255_413270_UFO's_and_Defense_What_Should_we_Prepare_For
Agency: NASA
Page 51
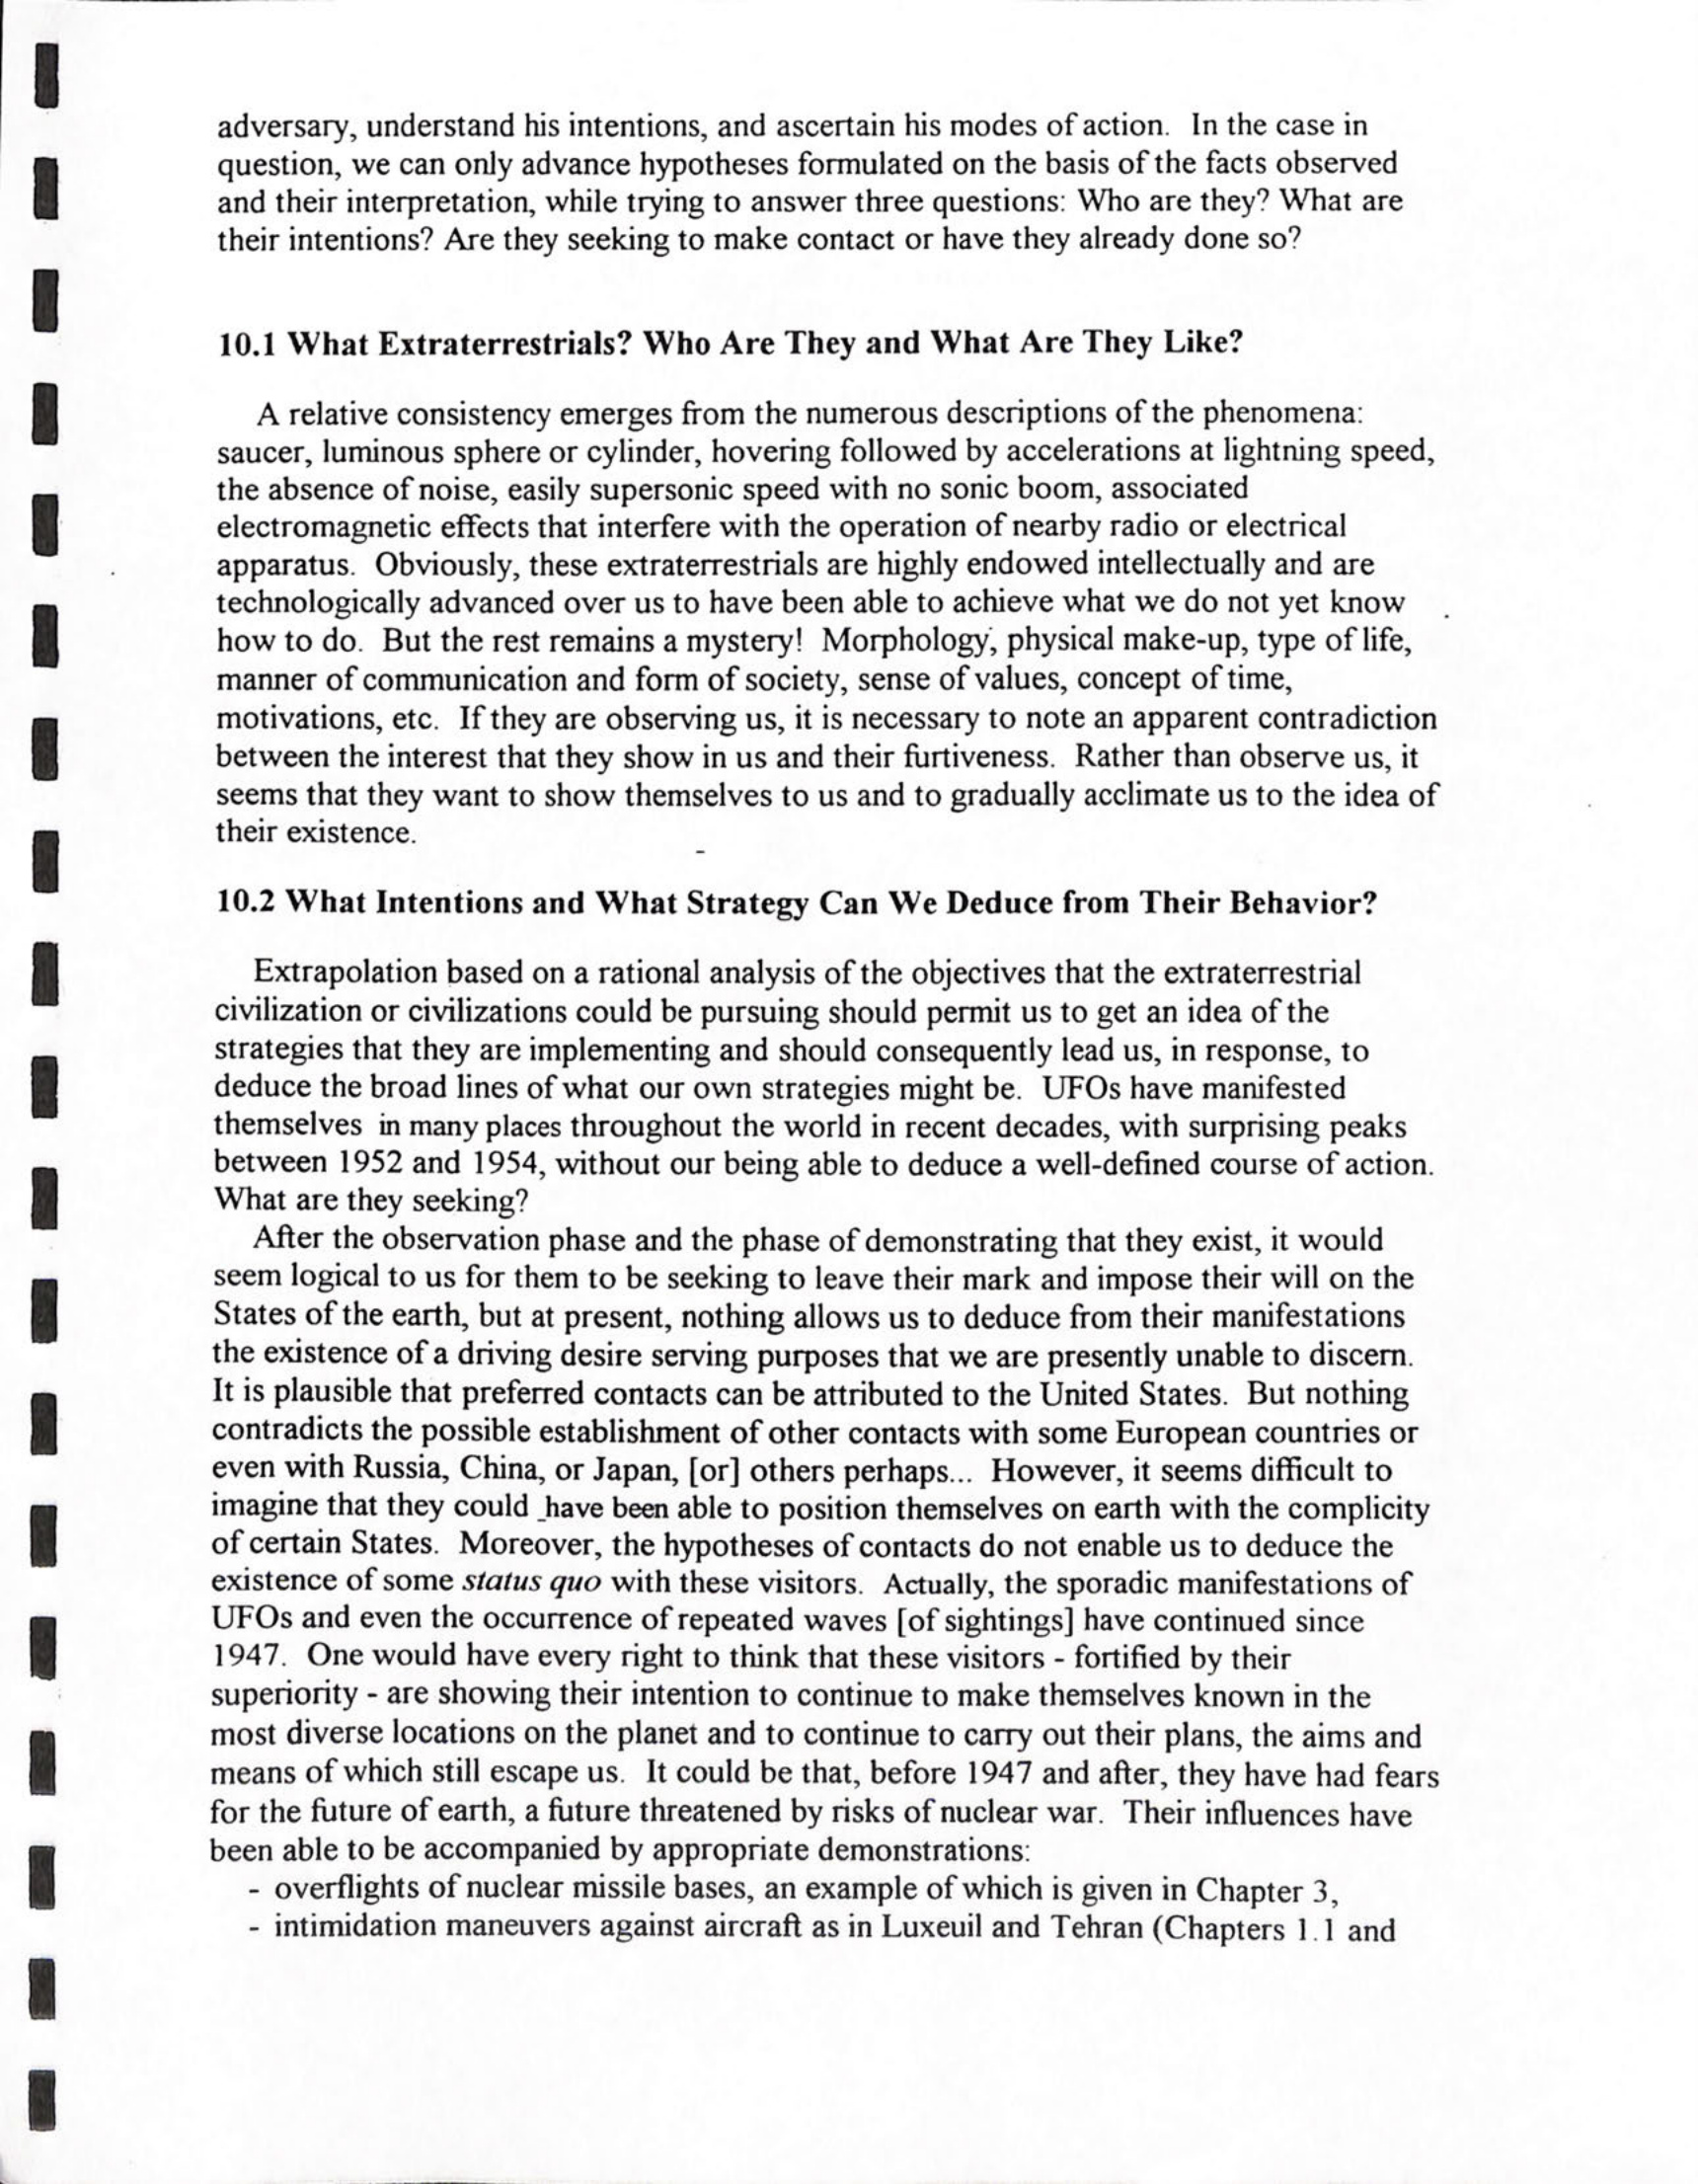